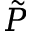
\tilde { P }